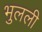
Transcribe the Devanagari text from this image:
भुलली